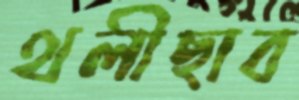
থলীছাব